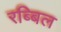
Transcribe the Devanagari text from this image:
रब्बिल